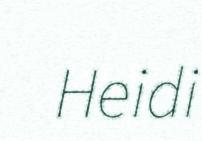
Heidi